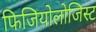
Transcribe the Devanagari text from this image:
फिजियोलोजिस्ट